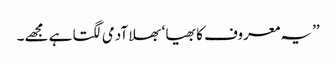
’’یہ معروف کا بھیا ‘ بھلا آدمی لگتا ہے مجھے۔